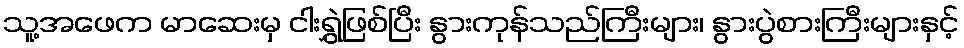
သူ့အဖေက မာဆေးမှ ငါးရွှဲဖြစ်ပြီး နွားကုန်သည်ကြီးများ၊ နွားပွဲစားကြီးများနှင့်